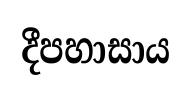
දීපහාසාය